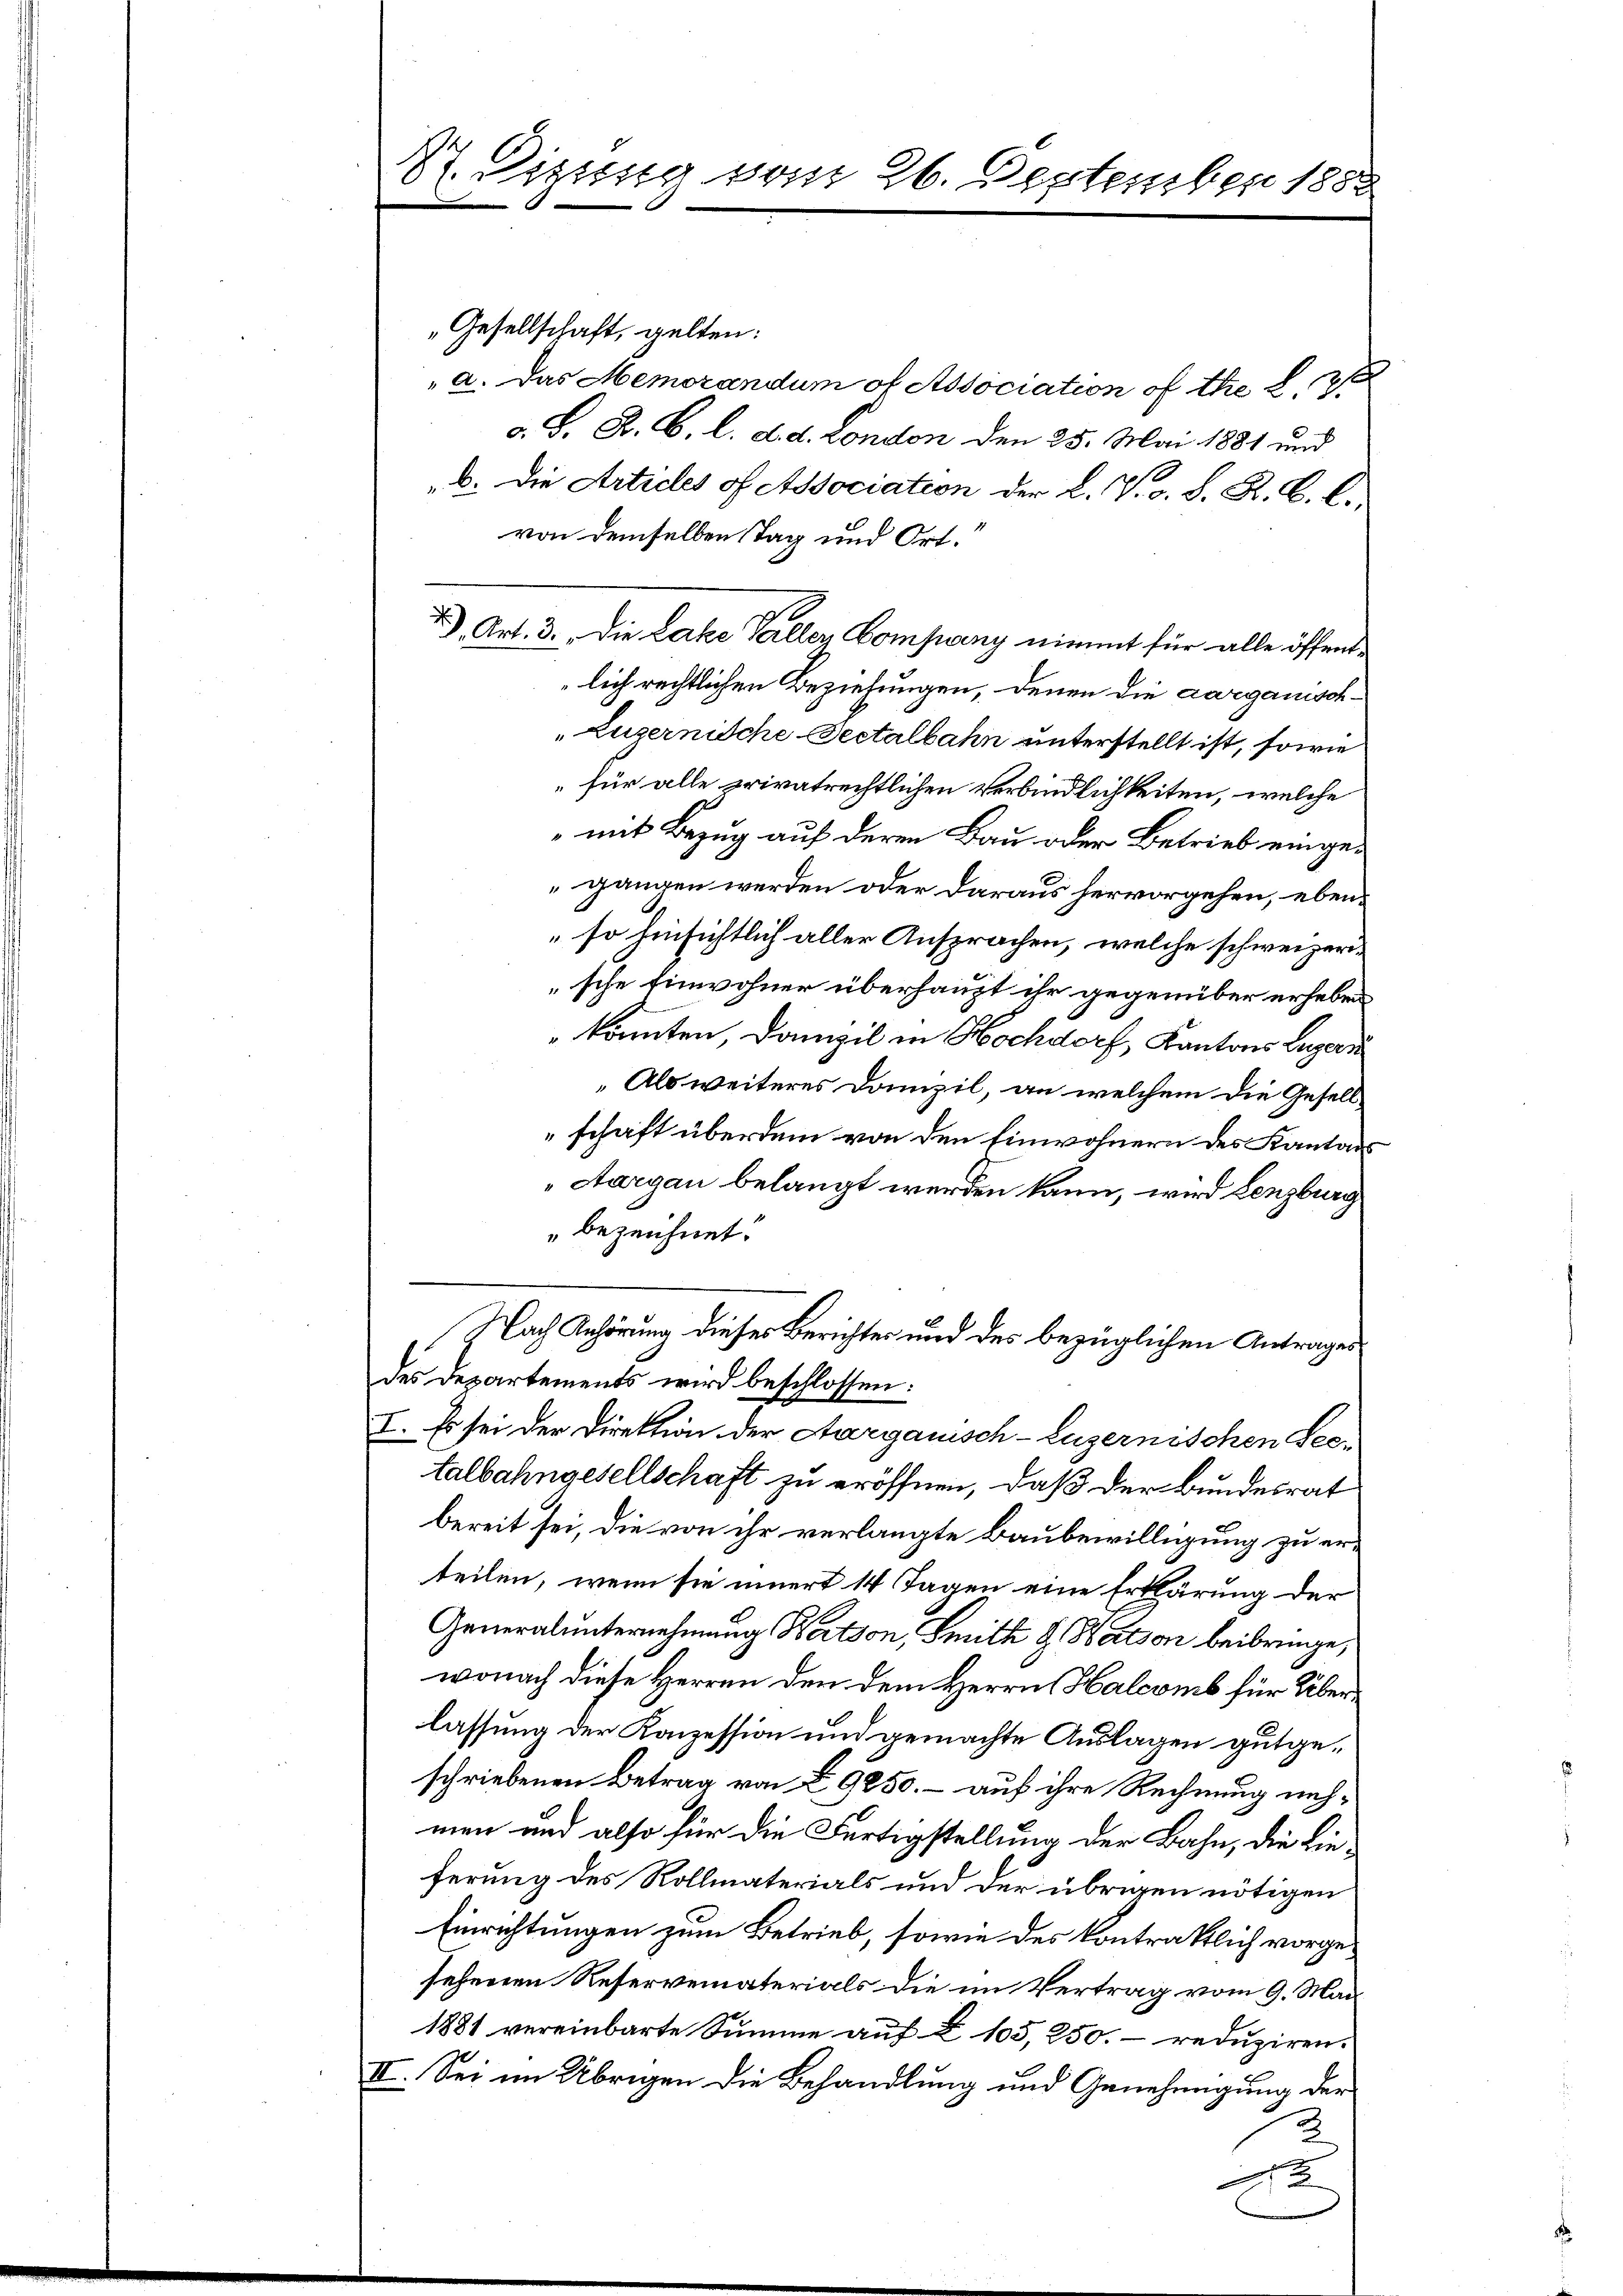
87. Dizung vom 26. Deptember 1882

„Gesellschaft, gelten:
a. Das Memorandum of Association of thie § 12
c. S. R. G. l. d. d. London den 25. Mai 1881 und
1
b. Die Articles of Association der L. V. d. S. R. B. L.
von demselben Tag und Ort.
1), Art. 3. Die Lacke Galler Company nimmt für alle öffentlich rechtlichen Beziehungen, denen die aargauisch-
"Luzernische Sectalbahn unterstellt ist, sowie
für alle privatrechtlichen Verbindlichkeiten, welche
mit Bezug auf deren Bau oder Betrieb eingegangen werden oder daraus hervorgehen, ebenso hinsichtlich aller Ansprachen, welche schweizersche Einwohner überhaupt ihr gegenüber erheben
 konnten, Domizil in Hochdorf, Kantons Lugan
„Als weiteres Domizil, an welchem die Gesellschaft überdem von den Einwohnern des Kantons
„Aargau belangt werden kann, wird Lenzburg
" bezeichnet.
Nach Anhörung dieses Berichtes und des bezüglichen Antrages
des Departements wird beschlossen:
I. Es sei der Direktion der Aargauisch-Luzernischen Seetalbahngesellschaft zu eröffnen, daß der Bundesrat
bereit sei, die von ihr verlangte Baubewilligung zu erteilen, wenn sie innert 14 Tagen eine Erklärung der
Generalunternehmung Nation, Smith & Wation beibringe,
wonach diese Herren den dem Herrn Halcomb für Überlassung der Konzession und gemachte Auslagen gutgeschriebenen Betrag von § 9250. – auf ihre Rechnung nehmen und also für die Fertigstellung der Bahn, die Lieferung des Rollmaterials und der übrigen nötigen
Einrichtungen zum Betrieb, sowie des Contrattlich vorgesehenen Reservematerials die im Vertrag vom 9. Mai
1881 vereinbarte Summe auf § 105, 250. reduziren.
III. Sei im Übrigen die Behandlung und Genehmigung der
2
2